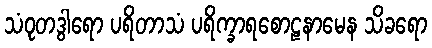
သံဝုတဒွါရော ပရိတာသံ ပရိက္ခာရစောဠနာမေန သိခရော